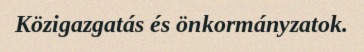
Közigazgatás és önkormányzatok.